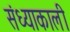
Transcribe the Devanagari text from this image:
संध्याकाली